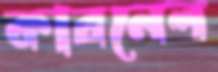
কারনেল